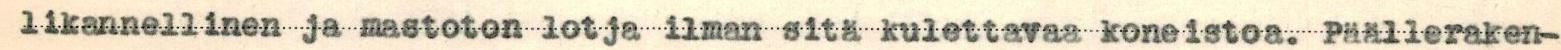
likannellinen ja mastoton lotja ilman sitä kulettavaa koneistoa. Päälleraken-